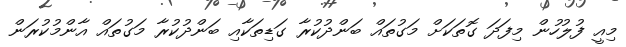
މިއީ ފުލުހުން މިފަދަ ގޮތަކަށް މަގުތައް ބަންދުކުރާ ގަޑިތަކާއި ބަންދުކުރާ މަގުތައް އާންމުކުރަން